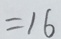
= 1 6